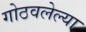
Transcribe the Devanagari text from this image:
गोठवलेल्या